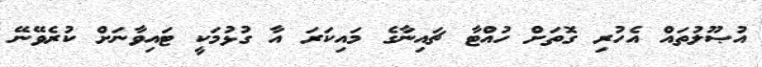
އުޞޫލުތައް އެހުރި ގޮތަށް ހުއްޓާ ޗައިނާގެ މައިކަރަ އާ ގުޅުމަކީ ޓައިވާނަށް ކުރެވޭނޭ